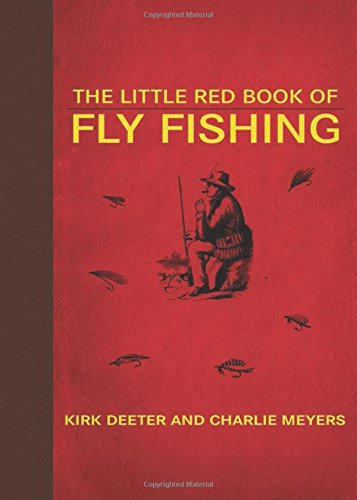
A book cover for The Little Red Book of Fly Fishing (Little Red Books); Kirk Deeter; Sports & Outdoors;